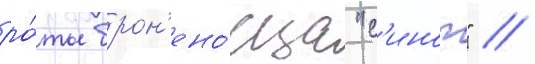
ро́ты брон'ено́сца "с'иноп" /